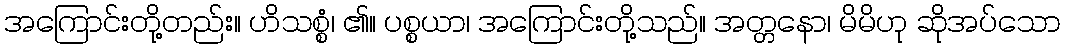
အကြောင်းတို့တည်း။ ဟိသစ္စံ၊ ၏။ ပစ္စယာ၊ အကြောင်းတို့သည်။ အတ္တနော၊ မိမိဟု ဆိုအပ်သော